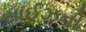
સાઈઝની